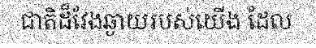
ជាតិដ៏វែងឆ្ងាយរបស់យើង ដែល